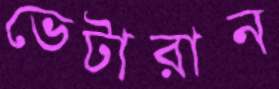
ভেটারান